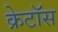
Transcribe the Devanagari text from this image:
क्रेटॉस